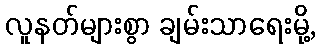
လူနတ်များစွာ ချမ်းသာရေးမို့,